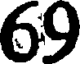
69